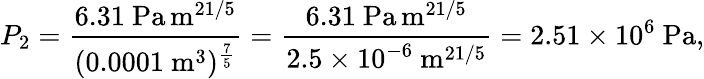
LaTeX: P_{2}={\frac{6.31~{\mathrm{Pa}}\, {\mathrm{m}}^{21/5}}{(0.0001~{\mathrm{m}}^{3})^{\frac{7}{5}}}}={\frac{6.31~{\mathrm{Pa}}\, {\mathrm{m}}^{21/5}}{2.5\times 10^{-6}~{\mathrm{m}}^{21/5}}}=2.51\times 10^{6}~{\mathrm{Pa}},